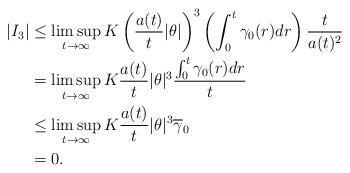
LaTeX: \begin{align*}|I_{3}|&\leq\limsup_{t\rightarrow\infty}K\left(\frac{a(t)}{t}|\theta|\right)^{3}\left(\int_{0}^{t}\gamma_{0}(r)dr\right)\frac{t}{a(t)^{2}}\\&=\limsup_{t\rightarrow\infty}K\frac{a(t)}{t}|\theta|^{3}\frac{\int_{0}^{t}\gamma_{0}(r)dr}{t}\\&\leq\limsup_{t\rightarrow\infty}K\frac{a(t)}{t}|\theta|^{3}\overline{\gamma}_{0}\\&=0.\end{align*}